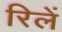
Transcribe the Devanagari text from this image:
रिलें